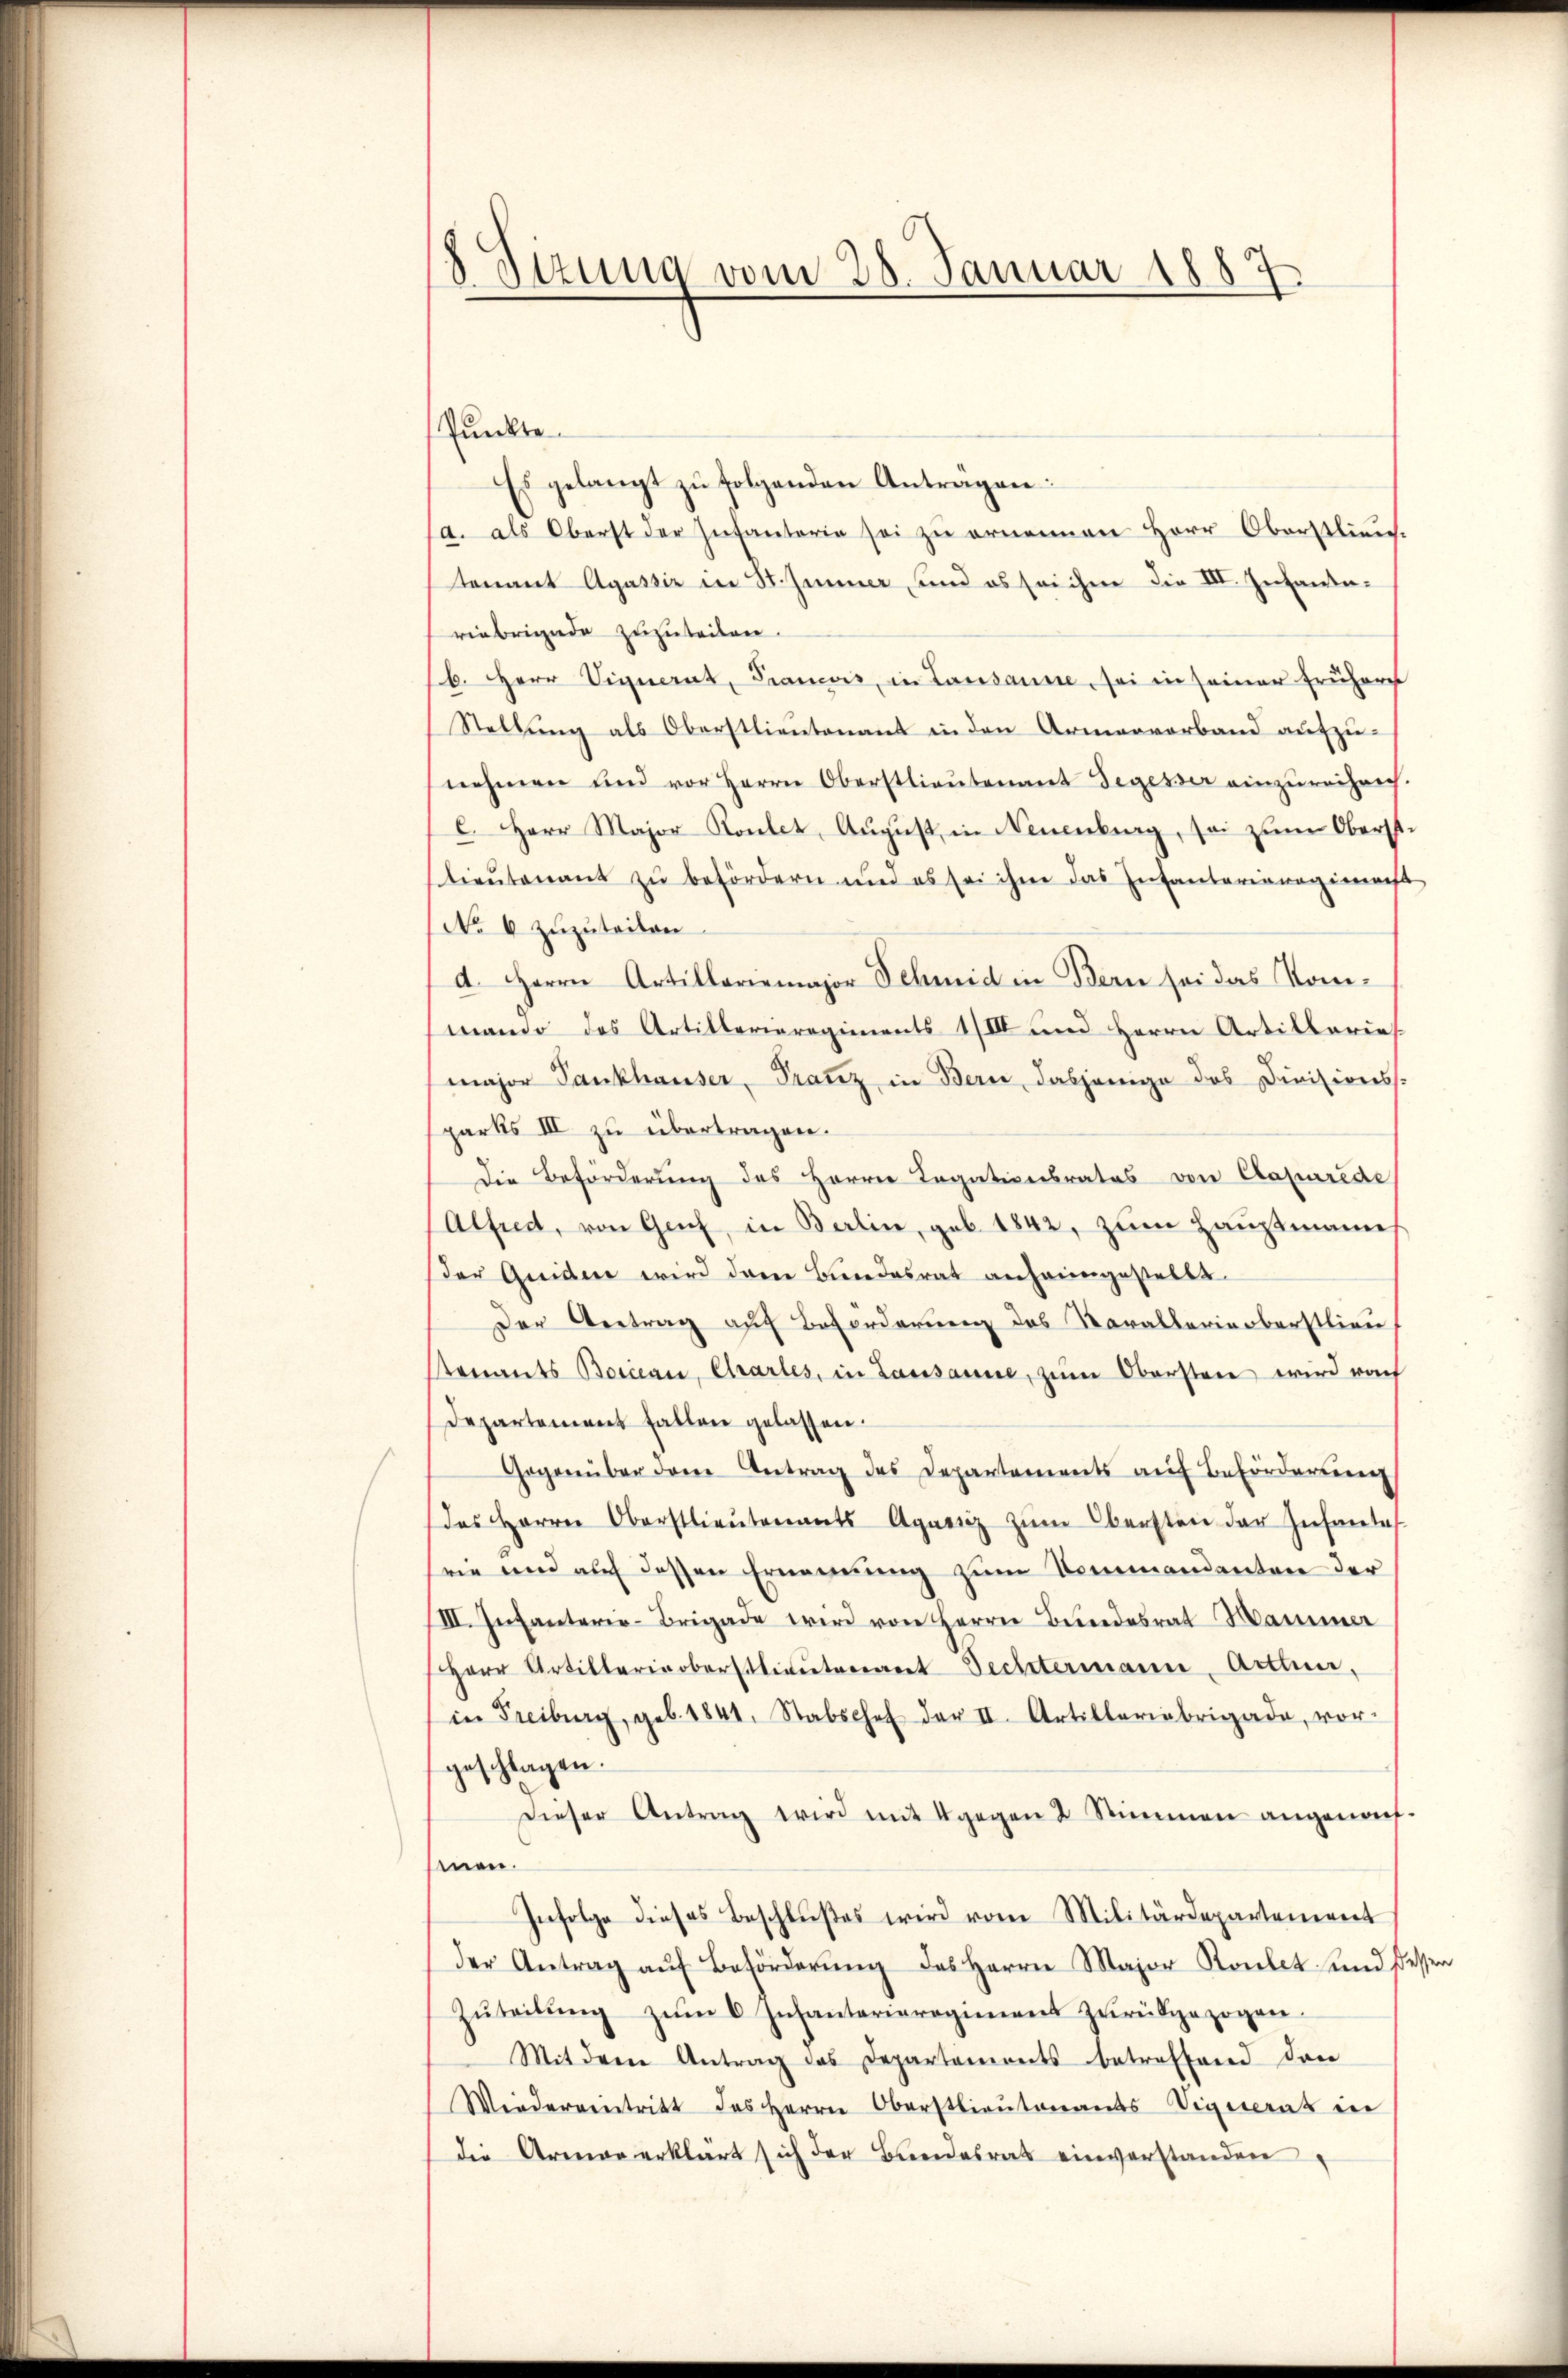
s
Ottung vom 28. Januar 1887.

Punkte
Es gelangt zŭ folgenden Anträgen:
d. als Oberst der Infanterie sei zu ernennen Herr Oberstlieu.
tenant Agassiz in St. Jenner, und es sei ihme die VII. Infanteriebrigade zuzuteilen.
b. Herr Vignerit, Francois, in Lausanne, sei in seiner frühere
Stellung als Oberstlieutenant in den Armenverband aufzunehmen und vor Herrn Oberstlieutenant Segesser einzureichnech.
C. Herr Major Kontet, August in Neuenburg, sei zum Oberstlieutenant zu befördern und es sei ihm das Infantarianagimas
No 6 zuzuteilen
d. Herrn Artillariemajor Schmid in Bern sei das Kommando das Artillerieregiments 1/III und Herrn Artillarie
major Tankhauser, Franz in Bern, dasjenige des Divisions-
parts III zu übertragen.
Die Beförderung des Herrn Legationsrates von Capurede
Alfred, von Genf, in Berlin, geb. 1842, zum Hauptmann
der Guiden wird dann Bundesrat anheimgestellt.
Der Vertrag auf Beförderung des Parallerinoberstlieu
tenants Borican, Chrarles, in Lausanne, zŭm Obersten wird rach
Departement fallen gelassen.
Gegenüber dem Antrag des Departements auf Beförderung
das Herrn Oberstlieutenants Agaris zŭm Obersten der Infantes
rie und auf dessen Ernennung zum Kommandanten der
III. Infanteria-Brigade wird von Herrn Bundesrat Hammer
Herr Artillerinoberstlieutenant Rechtermann, Arthun,
in Freiburg, geb. 1841. Stabschef der II. Artilleriebrigade, vor-
geschlagen.
Dieser Antrag wird mit 4 gegen 2 Stimmen angenof-
men.
Infolge dieses Beschlußes wird vom Militärdepartement
der Antrag aŭf Beförderŭng des Herrn Major Raubet und dessen
Zŭteilŭng zŭm 6 Infantarieregiment zŭrückgezogen.
Mit dem Antrag das Departements betreffend drei
Wiederventritt des Herrn Oberstlieutenants Vignerat in
die Armen erklärt sich der Bundesrath einverstanden